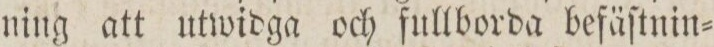
ning att utwidga och fullborda befäſtnin=